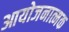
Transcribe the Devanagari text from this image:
आयोजनात्मक